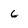
Character: 6